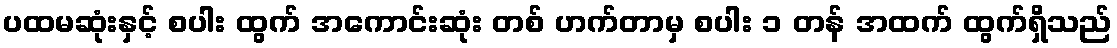
ပထမဆုံးနှင့် စပါး ထွက် အကောင်းဆုံး တစ် ဟက်တာမှ စပါး ၁ တန် အထက် ထွက်ရှိသည်